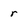
Character: r